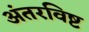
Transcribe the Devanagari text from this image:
अंतरविष्ट